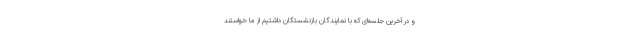
و در آخرین جلسه‌ای که با نمایندگان بازنشستگان داشتیم از ما خواستند